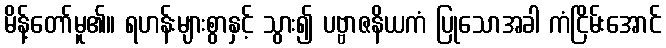
မိန့်တော်မူ၏။ ရဟန်းများစွာနှင့် သွား၍ ပဗ္ဗာဇနိယကံ ပြုသောအခါ ကံငြိမ်းအောင်